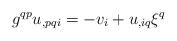
LaTeX: \begin{align*}g^{qp}u_{,pqi}=-v_{i}+u_{,iq}\xi^q\end{align*}